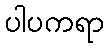
ပါပကရာ